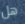
هل